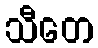
သီတေ